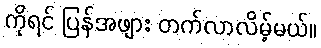
ကိုရင် ပြန်အဖျား တက်လာလိမ့်မယ်။